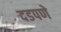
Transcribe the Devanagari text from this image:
दडपणे